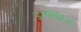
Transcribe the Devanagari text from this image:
इम्पेरेटिव